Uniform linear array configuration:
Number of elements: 64
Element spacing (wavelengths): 1
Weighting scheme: hann
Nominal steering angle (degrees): -30
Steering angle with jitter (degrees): -29.697
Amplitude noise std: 0.05
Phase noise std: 0.05

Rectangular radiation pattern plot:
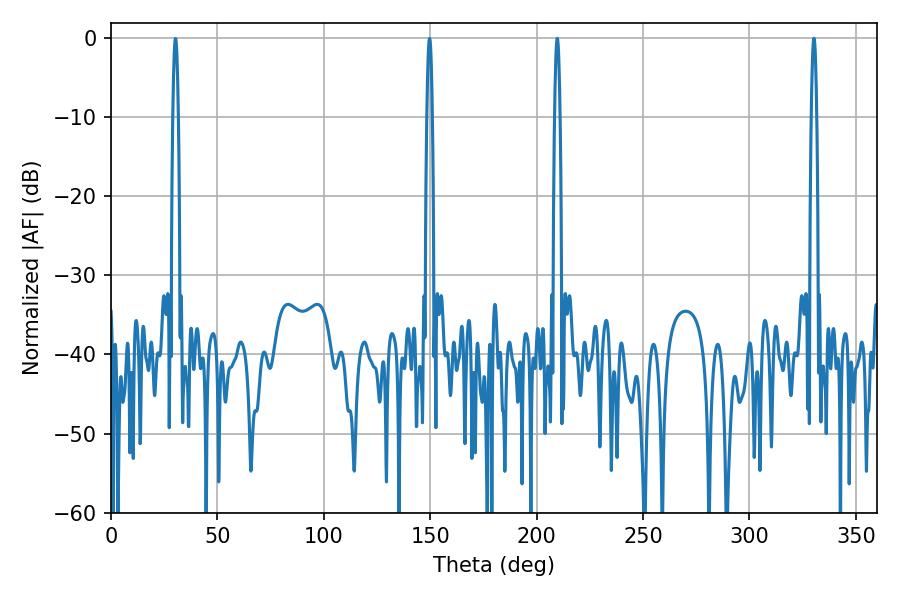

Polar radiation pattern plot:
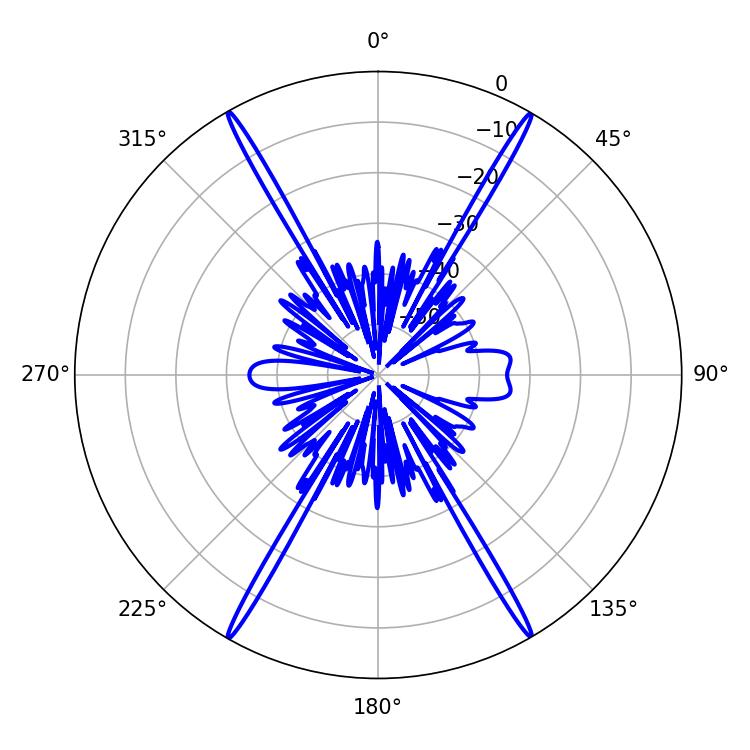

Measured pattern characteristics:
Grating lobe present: TRUE
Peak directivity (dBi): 34.188
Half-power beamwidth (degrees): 1.44
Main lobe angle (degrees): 209.7